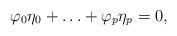
LaTeX: \begin{align*} \varphi_0\eta_0+\ldots+\varphi_p\eta_p=0,\end{align*}